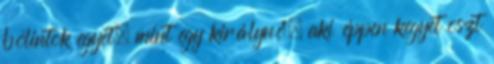
bólintok egyet, mint egy királynő, aki éppen kegyet oszt